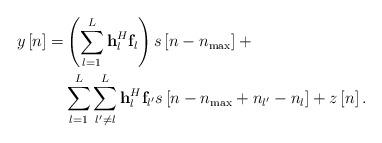
LaTeX: \begin{align*}\ \begin{aligned} y\left[ n \right] = & \left( {\sum\limits_{l = 1}^L {{\bf{h}}_l^H{{\bf{f}}_l}} } \right)s\left[ {n - {n_{\max }}} \right]+ \\ &\sum\limits_{l = 1}^L {\sum\limits_{l' \ne l}^L {{\bf{h}}_l^H{{\bf{f}}_{l'}}s\left[ {n - {n_{\max }} + {n_{l'}} - {n_l}} \right]} } + z\left[ n \right]. \end{aligned} \end{align*}